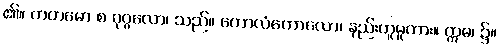
၏။ ကတမော စ ပုဂ္ဂလော၊ သည်။ ကောလံကောလော၊ နည်းဟူမူကား။ ဣဓ၊ ၌။